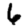
Digit: 6